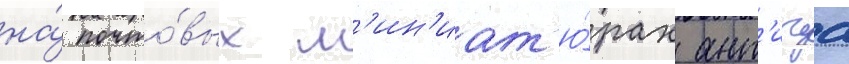
на́ почто́вых м'ин'иат'ю́рах ант'игуа